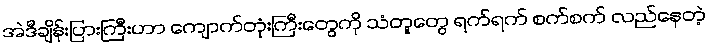
အဲဒီချိန်းပြားကြီးဟာ ကျောက်တုံးကြီးတွေကို သံတူတွေ ရက်ရက် စက်စက် လည်နေတဲ့